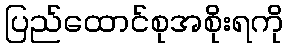
ပြည်ထောင်စုအစိုးရကို